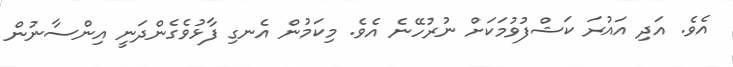
އެވެ. އަދި އައުރަ ކަޝްފުވުމަކަށް ނުރުހޭނެ އެވެ. މިކަމުން އެނގި ފާޅުވެގެންދަނީ އިންސާނުން